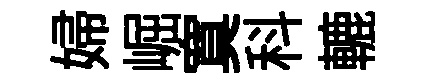
婦崛寞科轆